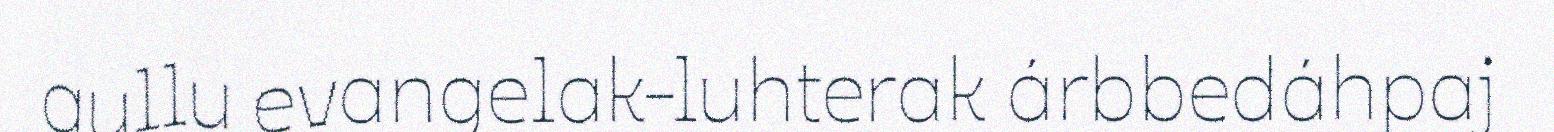
gullu evangelak-luhterak árbbedáhpaj